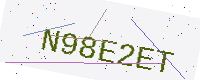
Text: N98E2ET